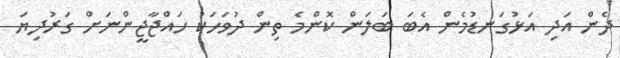
ދެން އަދި އަޅުގަނޑުމެން އެބަ ބަލަން ކޮންމެ ތިން ދުވަހަކު ހައްޖާޖީންނަށް ގަރުދިޔަ